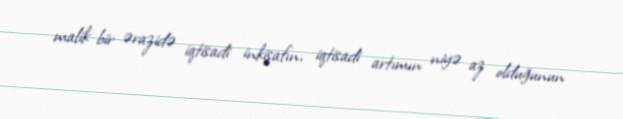
malik bir ərazidə iqtisadi inkişafın, iqtisadi artımın niyə az olduğunun